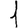
Digit: 1